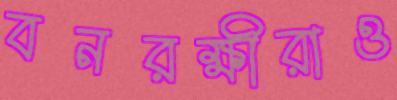
বনরক্ষীরাও